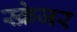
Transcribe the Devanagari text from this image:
स्क्रेजर